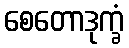
စေတောဒုက္ခံ